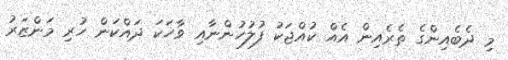
މި ދެބެއިންގެ ތެރެއިން އެއް ކުއްޖަކު ފުލުހުންނާއި ވާހަކަ ދައްކަން ހުރި މަންޒަރު